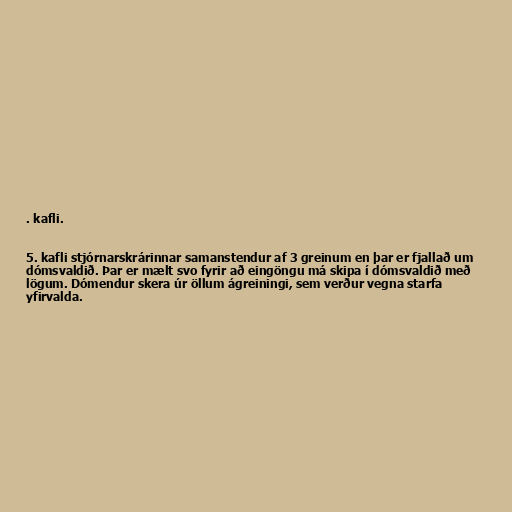
. kafli.

5. kafli stjórnarskrárinnar samanstendur af 3 greinum en þar er fjallað um
dómsvaldið. Þar er mælt svo fyrir að eingöngu má skipa í dómsvaldið með
lögum. Dómendur skera úr öllum ágreiningi, sem verður vegna starfa
yfirvalda.